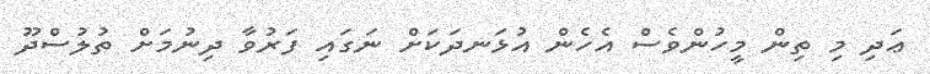
ޢަދި މި ތިން މީހުންވެސް އެހެން އުޅަނދަކަށް ނަގައިި ފަރުވާ ދިނުމަށް ތުލުސްދޫ